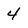
Character: 4